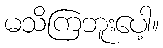
မသိကြဘူးပေါ့။